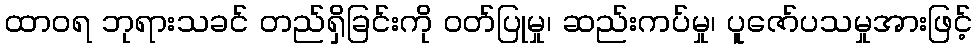
ထာဝရ ဘုရားသခင် တည်ရှိခြင်းကို ဝတ်ပြုမှု၊ ဆည်းကပ်မှု၊ ပူဇော်ပသမှုအားဖြင့်